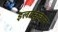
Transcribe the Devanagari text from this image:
इलक्कुवान